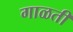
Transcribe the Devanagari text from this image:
गाळती